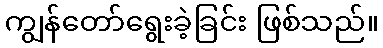
ကျွန်တော်ရွေးခဲ့ခြင်း ဖြစ်သည်။